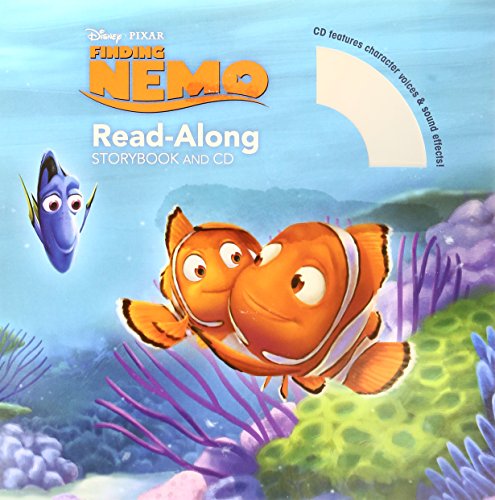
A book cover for Finding Nemo Read-Along Storybook and CD; Disney Book Group; Children's Books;